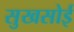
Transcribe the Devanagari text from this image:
सुखसोई